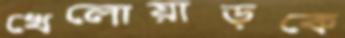
খেলোয়াড়কে